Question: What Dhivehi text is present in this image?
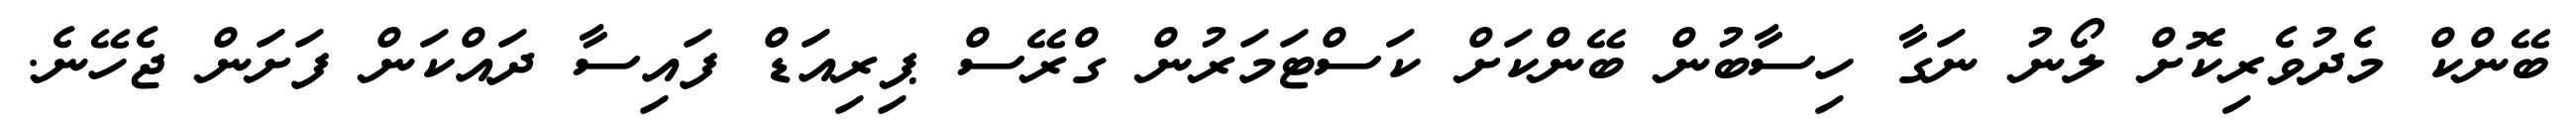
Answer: ބޭންކް މެދުވެރިކޮށް ލޯނު ނަގާ ހިސާބުން ބޭންކަށް ކަސްޓަމަރުން ގްރޭސް ޕިރިއަޑް ފައިސާ ދައްކަން ފަށަން ޖެހޭނެ.